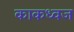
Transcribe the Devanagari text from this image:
काकध्वज